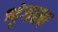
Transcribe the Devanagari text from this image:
शृंगस्य